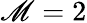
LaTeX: \mathscr{M}=2